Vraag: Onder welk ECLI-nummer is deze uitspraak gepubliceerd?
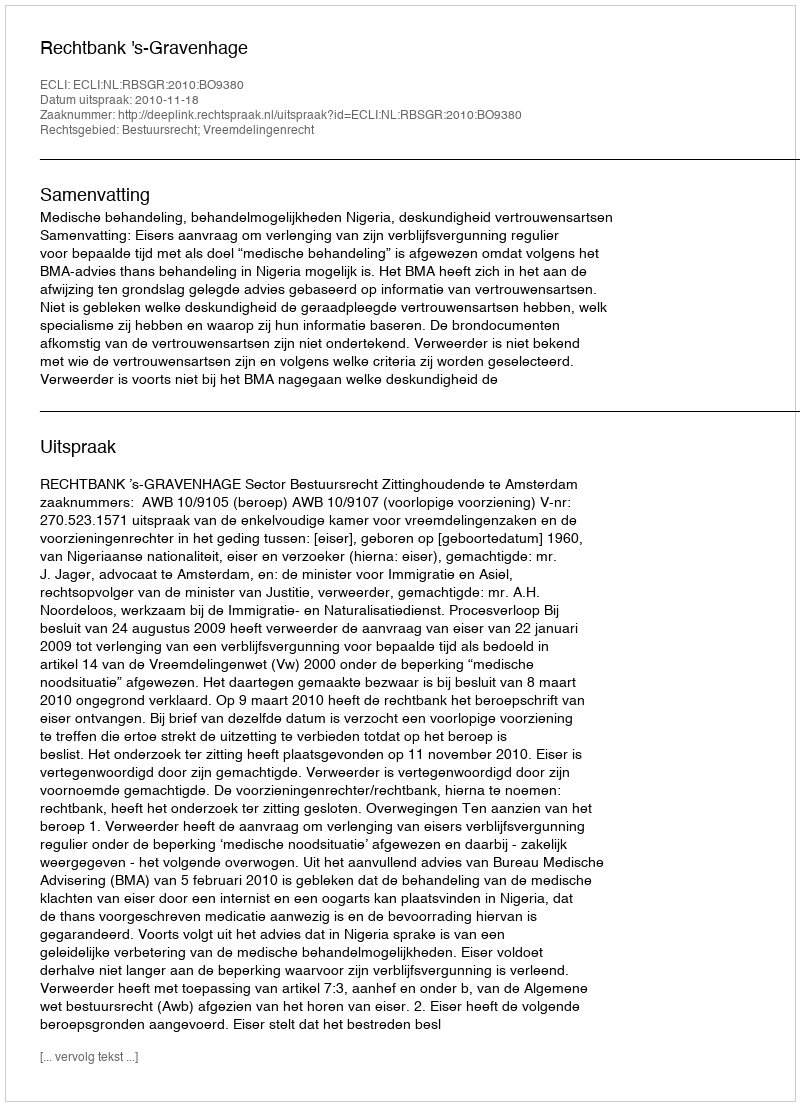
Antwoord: ECLI:NL:RBSGR:2010:BO9380